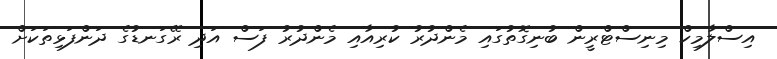
އިސްލާމިކް މިނިސްޓްރީން ބުނިގޮތުގައި މެންދުރު ކުރިއާއި މެންދުރު ފަސް އަދި ރޭގަނޑުގެ ދަންފަޅިތަކަށް